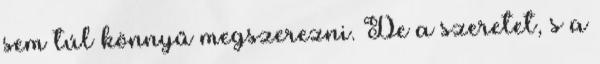
sem túl könnyű megszerezni. De a szeretet, s a